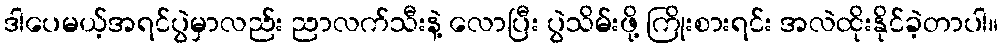
ဒါပေမယ့်အရင်ပွဲမှာလည်း ညာလက်သီးနဲ့ လောပြီး ပွဲသိမ်းဖို့ ကြိုးစားရင်း အလဲထိုးနိုင်ခဲ့တာပါ။